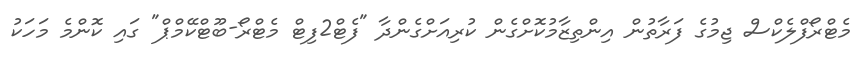
މެޓްރޯފްލެކްސް ޖިމުގެ ފަރާތުން އިންތިޒާމުކޮށްގެން ކުރިއަށްގެންދާ "ފެޓް2ފިޓް މެޓްރޯ-ބޫޓްކޭމްޕް" ގައި ކޮންމެ މަހަކު